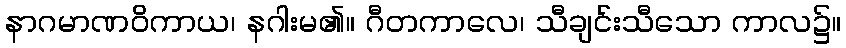
နာဂမာဏဝိကာယ၊ နဂါးမ၏။ ဂီတကာလေ၊ သီချင်းသီသော ကာလ၌။